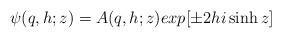
LaTeX: \begin{align*}\psi(q,h;z) = A(q,h;z)exp[\pm 2hi\sinh z]\end{align*}